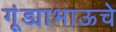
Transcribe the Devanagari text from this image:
गूंड्याभाऊचे